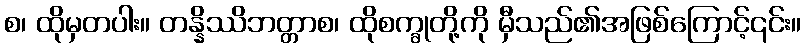
စ၊ ထိုမှတပါး။ တန္နိဿိဘတ္တာစ၊ ထိုစက္ခုတို့ကို မှီသည်၏အဖြစ်ကြောင့်၎င်း။